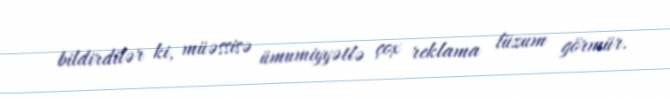
bildirdilər ki, müəssisə ümumiyyətlə çox reklama lüzum görmür.